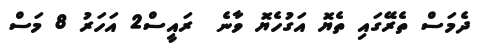
ދެމަސް ތެރޭގައި ތެޔޮ އަގުހެޔޮ ވާނެ  ރައީސް2 އަހަރު 8 މަސް